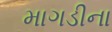
માગડીના